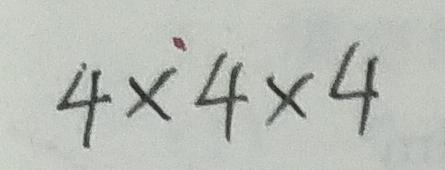
4 \times 4 \times 4